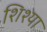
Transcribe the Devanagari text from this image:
शिश्या